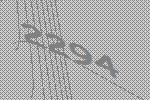
2294